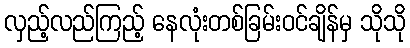
လှည့်လည်ကြည့် နေလုံးတစ်ခြမ်းဝင်ချိန်မှ သိုသို